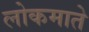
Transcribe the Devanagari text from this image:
लोकमाते